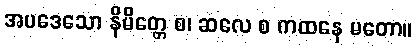
အပဒေသော နိမိတ္တေ စ၊ ဆလေ စ ကထနေ မတော။